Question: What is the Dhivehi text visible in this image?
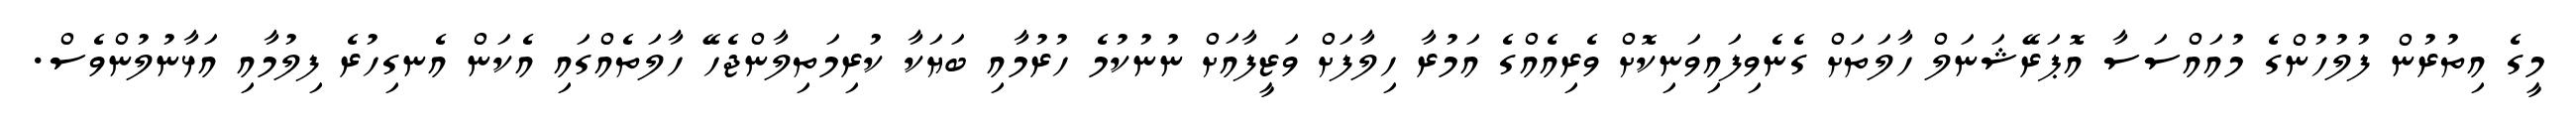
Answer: މީގެ އިތުރުން ފުލުހުންގެ މުއައްސަސާ އޮޕަރޭޝަނަލް ހާލަތަށް ގެނެވިފައިވަނިކޮށް ވެރިއެއްގެ އަމުރާ ހިލާފަށް ވަޒީފާއަށް ނުނުކުމެ ހުރުމާއި ބަޔަކާ ކުރިމަތިލާންޖެހޭ ހާލަތެއްގައި އެކަން އެނގިހުރެ ފިލުމާއި އަޅާނުލުންވެސް.